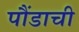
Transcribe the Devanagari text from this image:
पौंडाची